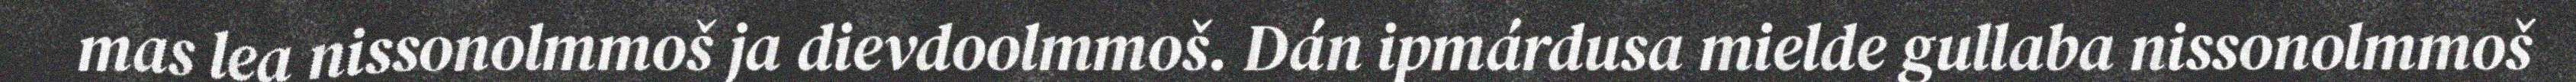
mas lea nissonolmmoš ja dievdoolmmoš. Dán ipmárdusa mielde gullaba nissonolmmoš